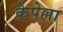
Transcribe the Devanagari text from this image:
केपेल्ला